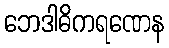
ဘေဒါဓိကရဏေန